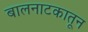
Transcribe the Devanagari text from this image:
बालनाटकातून